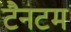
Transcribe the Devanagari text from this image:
टैनटम